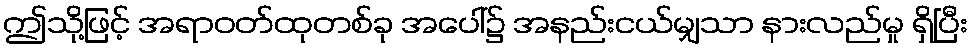
ဤသို့ဖြင့် အရာဝတ်ထုတစ်ခု အပေါ်၌ အနည်းငယ်မျှသာ နားလည်မှု ရှိပြီး